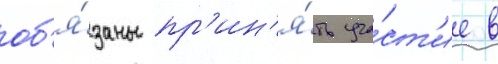
об'я́заны пр'ин'я́ть уча́ст'ие в